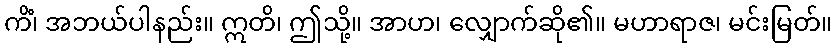
ကိံ၊ အဘယ်ပါနည်း။ ဣတိ၊ ဤသို့။ အာဟ၊ လျှောက်ဆို၏။ မဟာရာဇ၊ မင်းမြတ်။